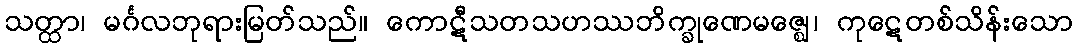
သတ္ထာ၊ မင်္ဂလဘုရားမြတ်သည်။ ကောဋီသတသဟဿဘိက္ခုဏေမဇ္ဈေ၊ ကုဋေတစ်သိန်းသော